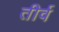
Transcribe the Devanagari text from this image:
तीर्व